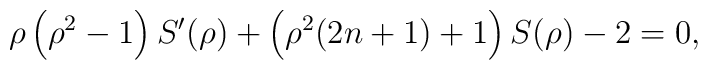
\rho\left(\rho^{2}-1\right)S'(\rho)+\left(\rho^{2}(2n+1)+1\right) S(\rho)-2=0,